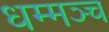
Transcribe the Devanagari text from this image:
धम्मञ्च